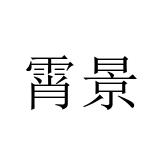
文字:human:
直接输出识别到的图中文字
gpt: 霄景